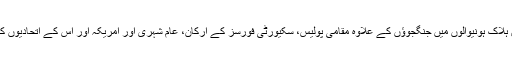
رپورٹ کے مطابق ہلاک ہونیوالوں میں جنگجوؤں کے علاوہ مقامی پولیس، سکیورٹی فورسز کے ارکان، عام شہری اور امریکہ اور اس کے اتحادیوں کے فوجی شامل ہیں۔